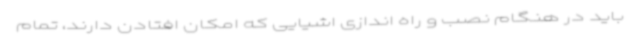
باید در هنگام نصب و راه اندازی اشیایی که امکان افتادن دارند، تمام